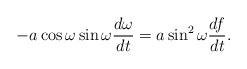
LaTeX: \begin{align*}- a\cos\omega \sin\omega \frac {d\omega}{dt}= a \sin^2\omega \frac {df}{dt}.\end{align*}